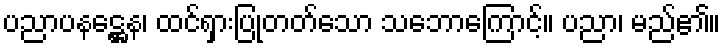
ပညာပနဋ္ဌေန၊ ထင်ရှားပြုတတ်သော သဘောကြောင့်။ ပညာ၊ မည်၏။